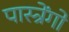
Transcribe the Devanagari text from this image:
पास्त्रेंगो